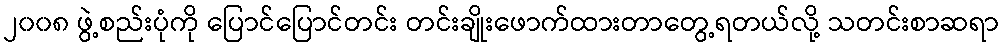
၂၀၀၈ ဖွဲ့စည်းပုံကို ပြောင်ပြောင်တင်း တင်းချိုးဖောက်ထားတာတွေ့ရတယ်လို့ သတင်းစာဆရာ